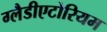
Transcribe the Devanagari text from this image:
ग्लैडीएटोरियम